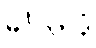
မင်္ဂလာဒုံ